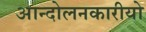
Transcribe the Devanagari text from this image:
आन्दोलनकारीयो